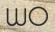
WO